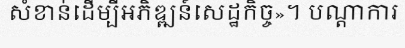
សំខាន់ដើម្បីអភិឌ្ឍន៍សេដ្ឋកិច្ច»។ បណ្តាការ